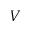
\boldsymbol { V }